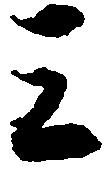
三